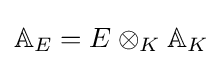
\mathbb {A} _{E}=E\otimes _{K}\mathbb {A} _{K}